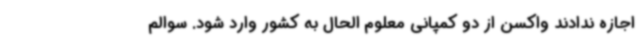
اجازه ندادند واکسن از دو کمپانی معلوم الحال به کشور وارد شود. سوالم